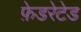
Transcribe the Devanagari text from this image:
फ़ेडरेटेड